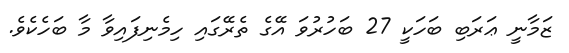
ޒަމާނީ ޢަރަބި ބަހަކީ 27 ބަހުރުވަ އޭގެ ތެރޭގައި ހިމެނިފައިވާ މާ ބަހެކެވެ.